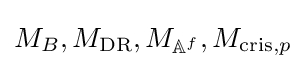
M_{B},M_{\mathrm {DR} },M_{\mathbb {A} ^{f}},M_{\operatorname {cris} ,p}